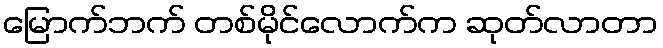
မြောက်ဘက် တစ်မိုင်လောက်က ဆုတ်လာတာ